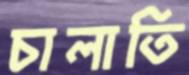
চালাতি